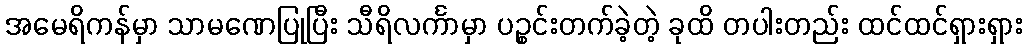
အမေရိကန်မှာ သာမဏေပြုပြီး သီရိလင်္ကာမှာ ပဉ္စင်းတက်ခဲ့တဲ့ ခုထိ တပါးတည်း ထင်ထင်ရှားရှား